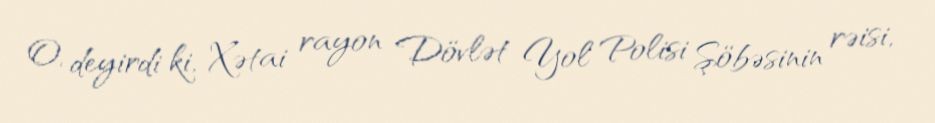
O, deyirdi ki, Xətai rayon Dövlət Yol Polisi Şöbəsinin rəisi,